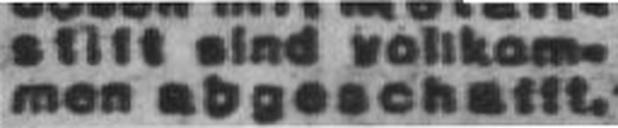
men abgeschafft.